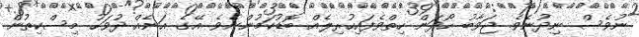
ނުވެސް ނިދުނެވެ. ޖަވާބު ހޯދަން ހިތްވެފައިހުރިލެއް ބޮޑުކަމުންނެވެ. އޭގެ އަނެއް ދުވަހު މިސްކިތުން